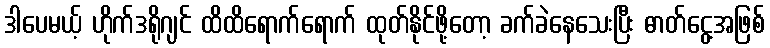
ဒါပေမယ့် ဟိုက်ဒရိုဂျင် ထိထိရောက်ရောက် ထုတ်နိုင်ဖို့တော့ ခက်ခဲနေသေးပြီး ဓာတ်ငွေ့အဖြစ်